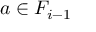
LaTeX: a \in F _ { i - 1 }